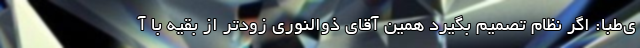
ی‌طبا: اگر نظام تصمیم بگیرد همین آقای ذوالنوری زودتر از بقیه با آ